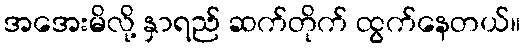
အအေးမိလို့ နှာရည် ဆက်တိုက် ထွက်နေတယ်။